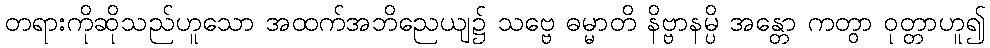
တရားကိုဆိုသည်ဟူသော အထက်အဘိညေယျ၌ သဗ္ဗေ ဓမ္မာတိ နိဗ္ဗာနမ္ပိ အန္တော ကတွာ ဝုတ္တာဟူ၍